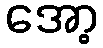
အော့